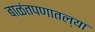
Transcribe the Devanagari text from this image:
बाळंतपणातल्या